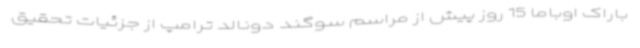
باراک اوباما 15 روز پیش از مراسم سوگند دونالد ترامپ از جزئیات تحقیق